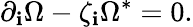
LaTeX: \partial_{\mathbf{i}}\Omega-\zeta_{{\mathbf{i}}}\Omega^{\ast}=0.